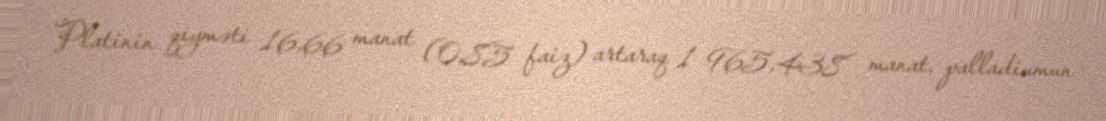
Platinin qiyməti 16,66 manat (0,85 faiz) artaraq 1 965,438 manat, palladiumun